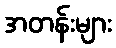
အတန်းများ